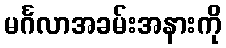
မင်္ဂလာအခမ်းအနားကို